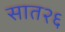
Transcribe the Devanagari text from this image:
सात२६